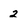
Character: 2